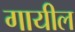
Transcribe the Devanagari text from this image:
गायील